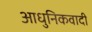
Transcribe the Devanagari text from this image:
आधुनिकवादी